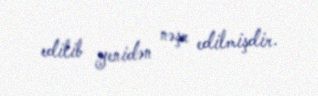
edilib yenidən nəşr edilmişdir.